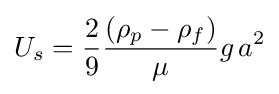
U_{s}={\frac {2}{9}}{\frac {\left(\rho _{p}-\rho _{f}\right)}{\mu }}g\,a^{2}